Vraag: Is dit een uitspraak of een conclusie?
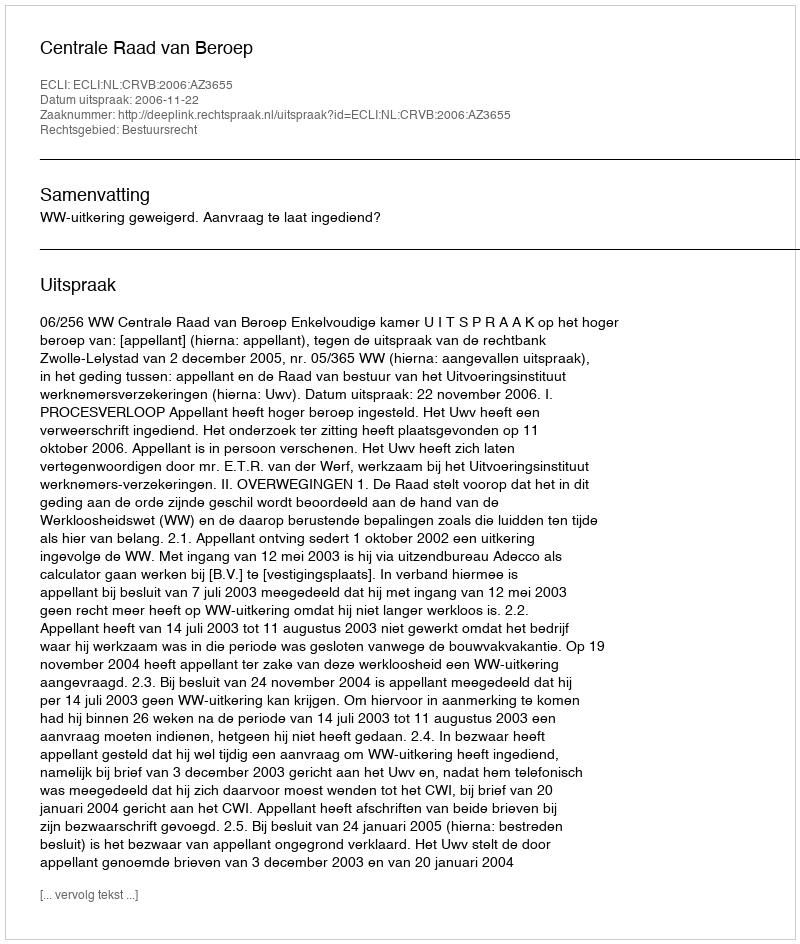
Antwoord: Uitspraak